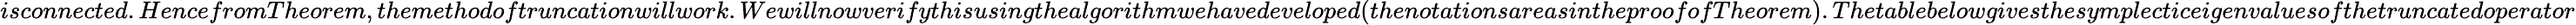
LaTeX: isconnected.HencefromTheorem,themethodoftruncationwillwork.Wewillnowverifythisusingthealgorithmwehavedeveloped(thenotationsareasintheproofofTheorem).Thetablebelowgivesthesymplecticeigenvaluesofthetruncatedoperator